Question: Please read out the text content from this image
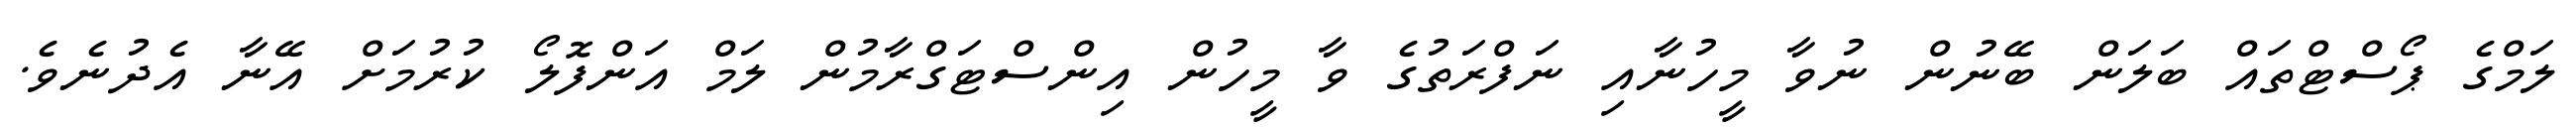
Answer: ލަމްގެ ޕޯސްޓްތައް ބަލަން ބޭނުން ނުވާ މީހުނާއި ނަފްރަތުގެ ވާ މީހުން އިންސްޓަގްރާމުން ލަމް އަންފޮލޯ ކުރުމަށް އޭނާ އެދުނެވެ.